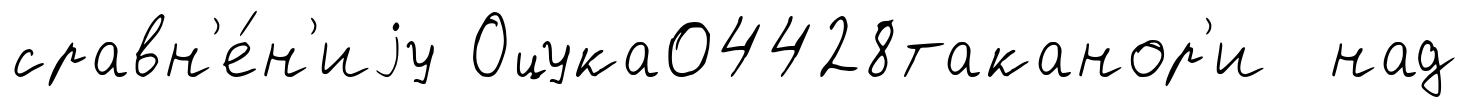
сравн'е́н'иjу Оцука04428таканор'и над